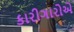
કારીગારોએ